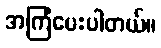
အကြံပေးပါတယ်။